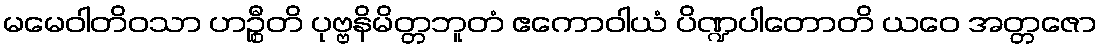
မမေဝါတိဝသာ ဟဉ္စီတိ ပုဗ္ဗနိမိတ္တဘူတံ ဧကောဝါယံ ပိဏ္ဍပါတောတိ ယဝေ အတ္တဇော